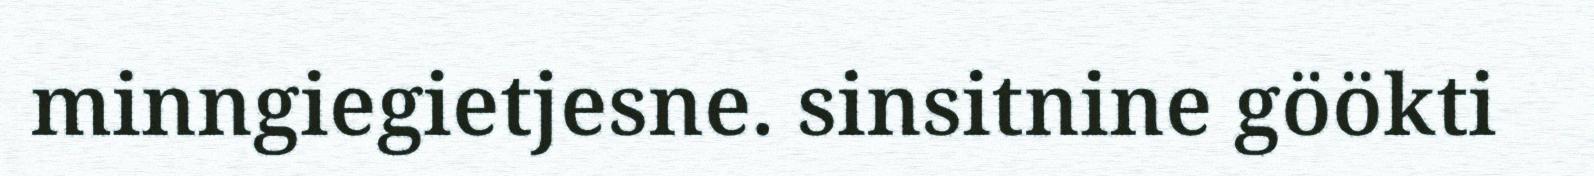
minngiegietjesne. sinsitnine göökti